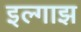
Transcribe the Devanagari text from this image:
इल्गाझ